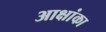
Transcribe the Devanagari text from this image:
आक्षांका